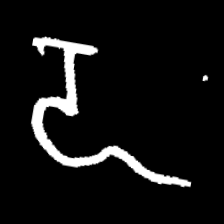
Pyu character \u2014 Myanmar letter: ဍ (romanized: dda)